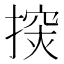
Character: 𢲘